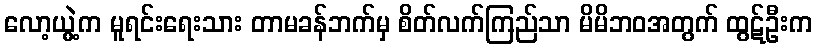
လော့ယွဲ့က မူရင်းရေးသား တာမခန်ဘက်မှ စိတ်လက်ကြည်သာ မိမိဘဝအတွက် ထွဋ်ဦးက